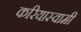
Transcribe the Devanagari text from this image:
करियास्वामी